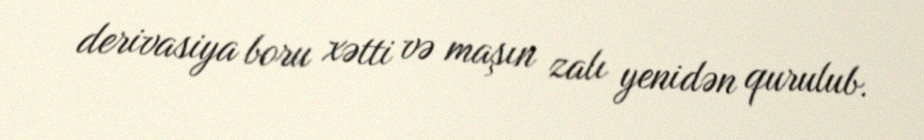
derivasiya boru xətti və maşın zalı yenidən qurulub.